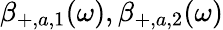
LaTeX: \beta_{+,a,1}(\omega),\beta_{+,a,2}(\omega)